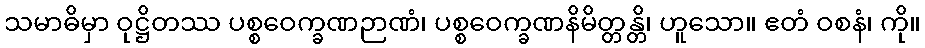
သမာဓိမှာ ဝုဋ္ဌိတဿ ပစ္စဝေက္ခဏဉာဏံ၊ ပစ္စဝေက္ခဏနိမိတ္တန္တိ၊ ဟူသော။ ဧတံ ဝစနံ၊ ကို။